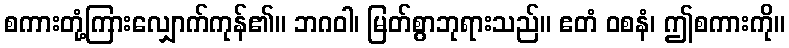
စကားတုံ့ကြားလျှောက်ကုန်၏။ ဘဂဝါ၊ မြတ်စွာဘုရားသည်။ ဧတံ ဝစနံ၊ ဤစကားကို။